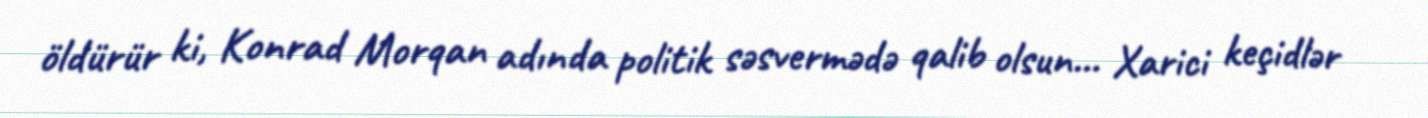
öldürür ki, Konrad Morqan adında politik səsvermədə qalib olsun… Xarici keçidlər